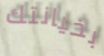
بخيانتك